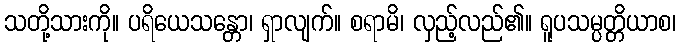
သတို့သားကို။ ပရိယေသန္တော၊ ရှာလျက်။ စရာမိ၊ လှည့်လည်၏။ ရူပသမ္ပတ္တိယာစ၊